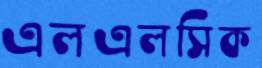
এলএলসিক